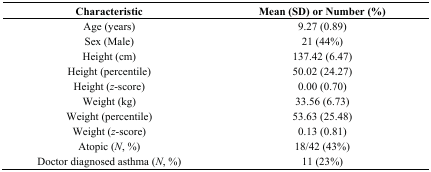
| Characteristic | Mean (SD) or Number (%) |
 | --- | --- |
 | Age (years) | 9.27 (0.89) |
 | Sex (Male) | 21 (44%) |
 | Height (cm) | 137.42 (6.47) |
 | Height (percentile) | 50.02 (24.27) |
 | Height (z-score) | 0.00 (0.70) |
 | Weight (kg) | 33.56 (6.73) |
 | Weight (percentile) | 53.63 (25.48) |
 | Weight (z-score) | 0.13 (0.81) |
 | Atopic (N, %) | 18/42 (43%) |
 | Doctor diagnosed asthma (N, %) | 11 (23%) |